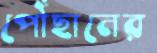
পৌঁছানের